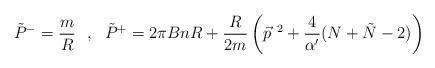
LaTeX: \begin{align*}\tilde P^-= \frac{m}{R}~~,~~\tilde P^+ = 2\pi B nR +\frac{R}{2m}\left(\vec p^{~2}+\frac{4}{\alpha'}(N+\tilde N-2)\right)\end{align*}